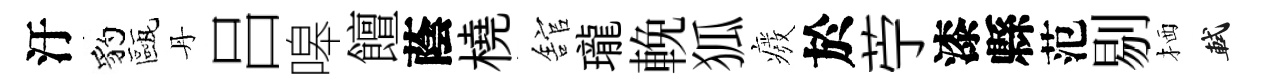
汙豹甌丹吕嗥饘蔭橈舘瓏輓狐癈於苧漆縣范剔栖軾